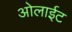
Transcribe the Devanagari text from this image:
ओलाईट